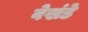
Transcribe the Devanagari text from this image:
वेखंडे